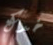
خدك